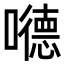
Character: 𪢝